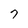
Character: 7